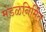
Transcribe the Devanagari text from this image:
मंडळनिर्मित